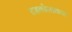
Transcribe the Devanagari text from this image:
राइकोलाकस